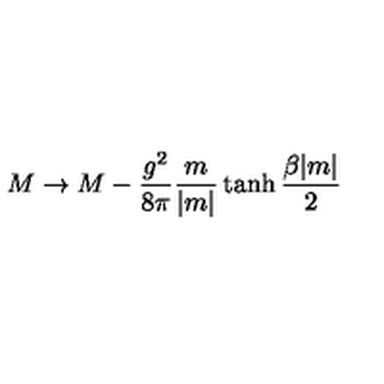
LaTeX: M \rightarrow M - { \frac { g ^ { 2 } } { 8 \pi } } { \frac { m } { | m | } } \tanh { \frac { \beta | m | } { 2 } }